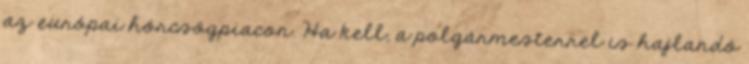
az európai hörcsögpiacon. Ha kell, a polgármesterrel is hajlandó